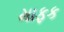
માફક